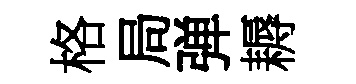
格局弹耨